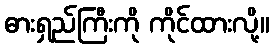
ဓားရှည်ကြီးကို ကိုင်ထားလို့။